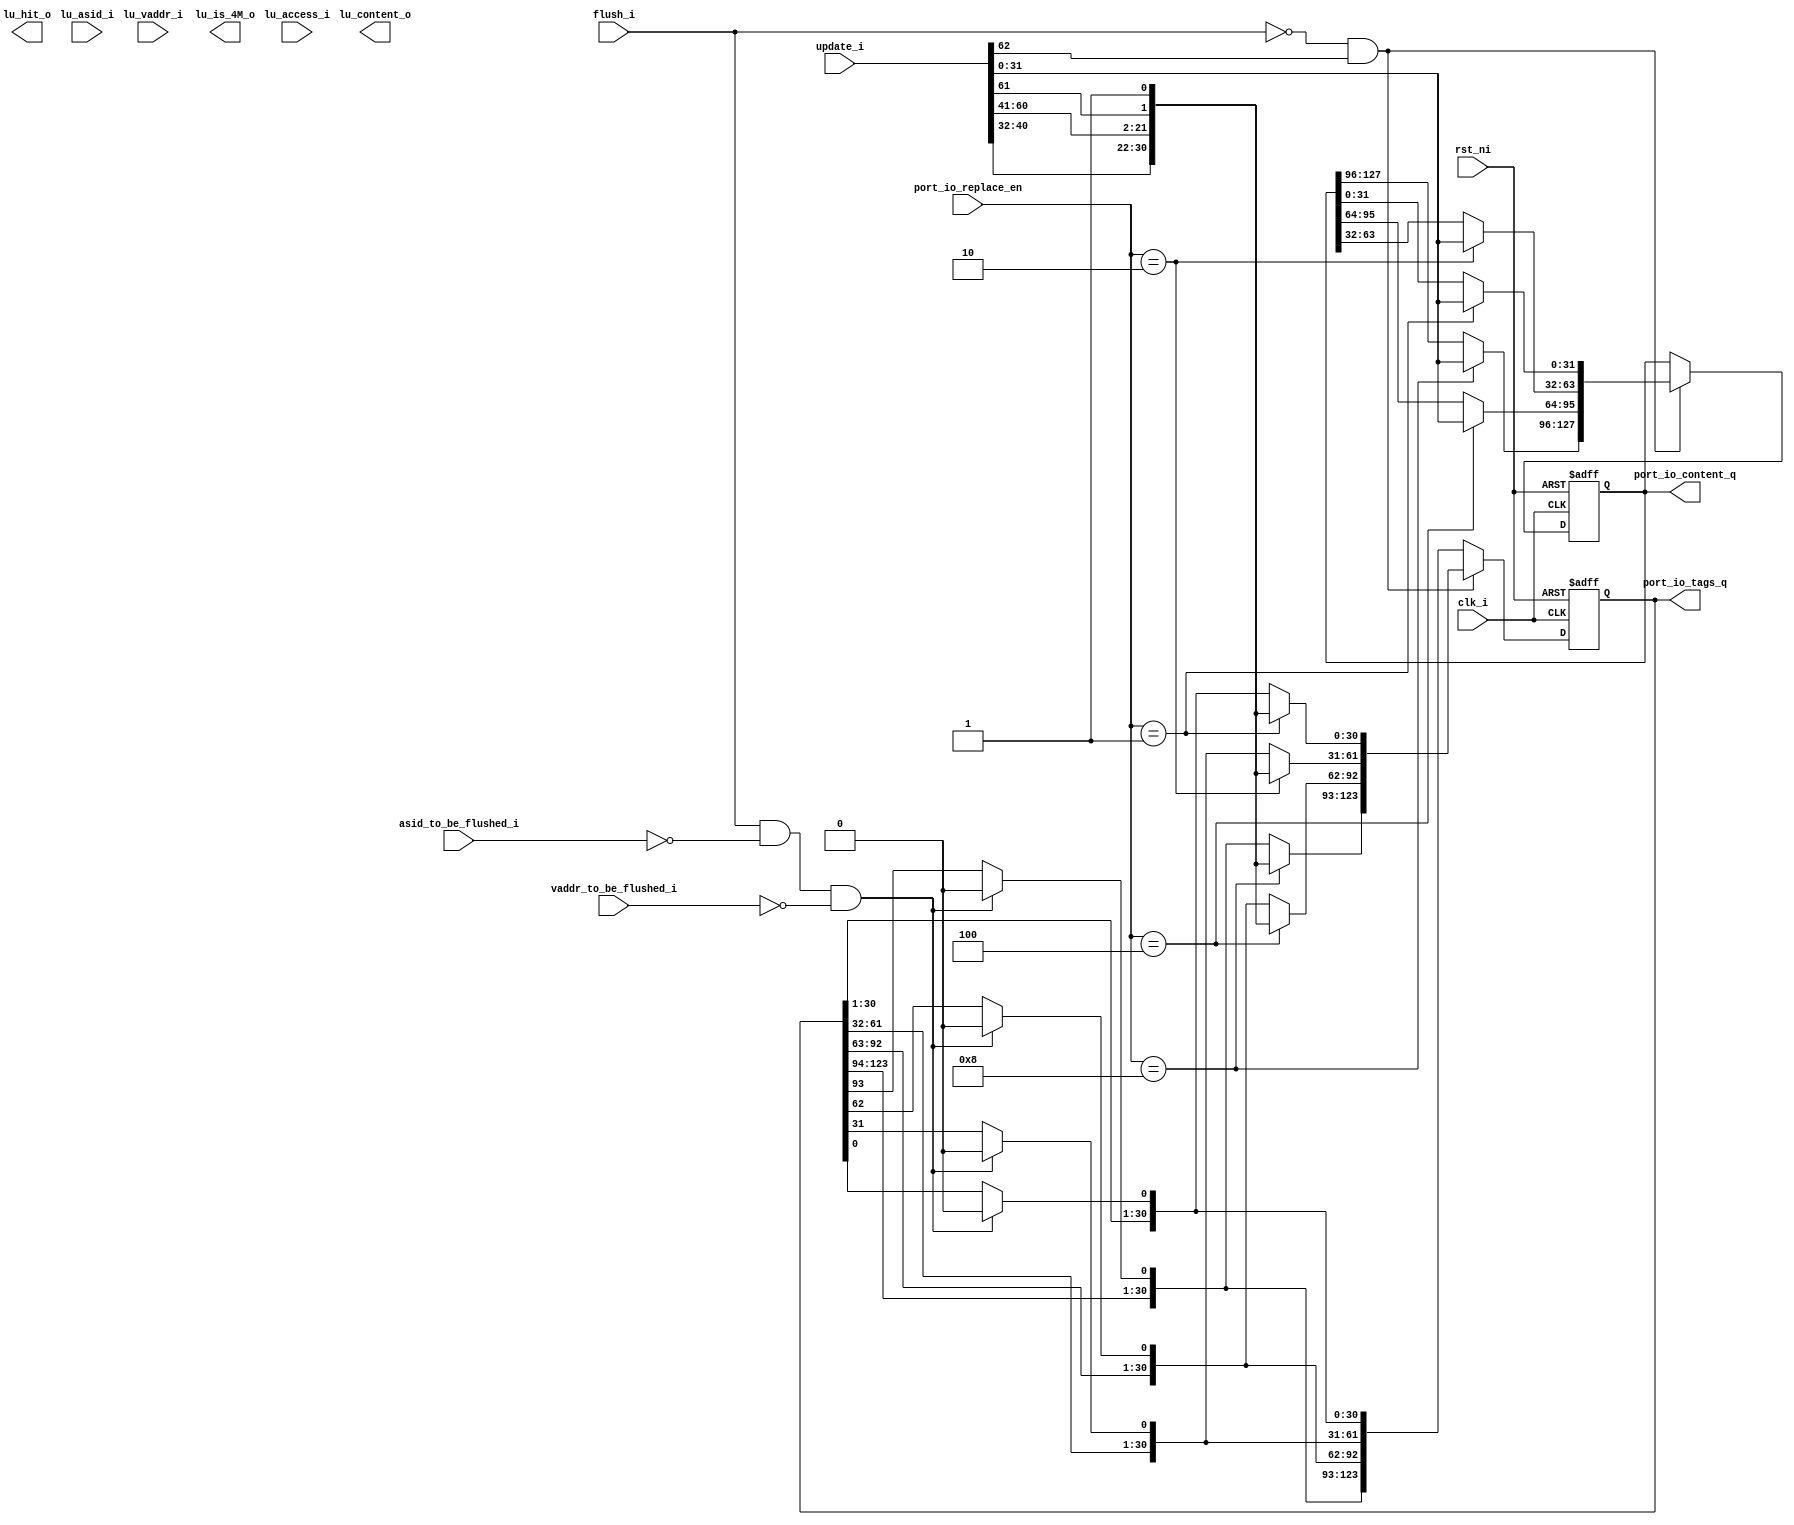
module cva6_tlb_model (
    input clk_i,
	input rst_ni,
	input flush_i, 
	input wire [62:0] update_i, 
	input wire lu_access_i,
	input wire [ASID_WIDTH - 1:0] lu_asid_i,
	input wire [31:0] lu_vaddr_i,
	output reg [31:0] lu_content_o,
	input wire [ASID_WIDTH - 1:0] asid_to_be_flushed_i,
	input wire [31:0] vaddr_to_be_flushed_i,
	output reg lu_is_4M_o,
	output reg lu_hit_o,

	output [(TLB_ENTRIES * 31) - 1:0] port_io_tags_q,
	output [(TLB_ENTRIES * 32) - 1:0] port_io_content_q,
	input [TLB_ENTRIES-1:0] port_io_replace_en
);

	localparam [31:0] TLB_ENTRIES = 4;
	localparam [31:0] TLB_ENTRIES_WIDTH = 2;
	localparam [31:0] ASID_WIDTH = 1;
	
	// We only care about the tags and the content (and only atomically changed stuff)
	reg [(TLB_ENTRIES * 31) - 1:0] tags_q;
	wire [(TLB_ENTRIES * 31) - 1:0] port_io_tags_q;
	assign port_io_tags_q = tags_q;
	// reg [(TLB_ENTRIES * 31) - 1:0] tags_n;
	reg [(TLB_ENTRIES * 32) - 1:0] content_q;
	wire [(TLB_ENTRIES * 32) - 1:0] port_io_content_q;
	assign port_io_content_q = content_q;
	
	// Flushes
	reg flush_i_queue;
	reg [ASID_WIDTH-1:0] asid_to_be_flushed_i_queue;
	reg [31:0] vaddr_to_be_flushed_i_queue;
	// Updates
	reg [62:0] update_i_queue;

	// Don't want to model this precisely
	wire [TLB_ENTRIES-1:0] replace_en;
	// reg [TLB_ENTRIES_WIDTH-1:0] nxt_replace_en;
	assign replace_en = port_io_replace_en; // nxt_replace_en;

		reg synth__txn_flush_all;
		reg synth__txn_update;
		reg synth__txn_none;
		reg synth__txn_flush_one;

wire [32:0] content_q_0;
wire [31:0] tags_q_0;
assign content_q_0 = content_q[0*32+31:0*32];
assign tags_q_0 = tags_q[0*31+30:0*31];
wire [32:0] content_q_1;
wire [31:0] tags_q_1;
assign content_q_1 = content_q[1*32+31:1*32];
assign tags_q_1 = tags_q[1*31+30:1*31];
wire [32:0] content_q_2;
wire [31:0] tags_q_2;
assign content_q_2 = content_q[2*32+31:2*32];
assign tags_q_2 = tags_q[2*31+30:2*31];
wire [32:0] content_q_3;
wire [31:0] tags_q_3;
assign content_q_3 = content_q[3*32+31:3*32];
assign tags_q_3 = tags_q[3*31+30:3*31];


	always @(posedge clk_i or negedge rst_ni) begin
		// nxt_replace_en = $random;
		if (~rst_ni) begin
			tags_q      <= 0;
			content_q   <= 0;

flush_i_queue <= 0;
asid_to_be_flushed_i_queue <= 0;
vaddr_to_be_flushed_i_queue <= 0;
update_i_queue <= 0;

		end else begin

flush_i_queue = flush_i;
asid_to_be_flushed_i_queue = asid_to_be_flushed_i;
vaddr_to_be_flushed_i_queue = vaddr_to_be_flushed_i;
update_i_queue = update_i;


			synth__txn_flush_all = flush_i_queue && (asid_to_be_flushed_i_queue == 0) && (vaddr_to_be_flushed_i_queue == 0);
			synth__txn_update = !(flush_i_queue) && update_i_queue[62];
			synth__txn_none = !(synth__txn_flush_all || synth__txn_update);
			synth__txn_flush_one = 0;


			if (synth__txn_flush_all) begin	
				tags_q[0 * 31] = 1'b0;
				tags_q[1 * 31] = 1'b0;
				tags_q[2 * 31] = 1'b0;
				tags_q[3 * 31] = 1'b0;
			end
			
			if (synth__txn_update) begin
				case (replace_en)
		4'b0001: begin
			tags_q[0*31+:31] = {update_i[40-:9], update_i[60:51], update_i[50:41], update_i[61], 1'b1};
			content_q[0*32+:32] = update_i[31-:32];
		end
		4'b0010: begin
			tags_q[1*31+:31] = {update_i[40-:9], update_i[60:51], update_i[50:41], update_i[61], 1'b1};
			content_q[1*32+:32] = update_i[31-:32];
		end
		4'b0100: begin
			tags_q[2*31+:31] = {update_i[40-:9], update_i[60:51], update_i[50:41], update_i[61], 1'b1};
			content_q[2*32+:32] = update_i[31-:32];
		end
		4'b1000: begin
			tags_q[3*31+:31] = {update_i[40-:9], update_i[60:51], update_i[50:41], update_i[61], 1'b1};
			content_q[3*32+:32] = update_i[31-:32];
		end
					// default: 
				endcase
			end

			if (synth__txn_flush_one) begin
				case (replace_en)
		4'b0001: begin
			tags_q[0*31] = 1'b0;
		end
		4'b0010: begin
			tags_q[1*31] = 1'b0;
		end
		4'b0100: begin
			tags_q[2*31] = 1'b0;
		end
		4'b1000: begin
			tags_q[3*31] = 1'b0;
		end
					// default: 
				endcase
				
			end

			if (synth__txn_none) begin
				tags_q = tags_q;
				content_q = content_q;
			end
		end
		
	end
    
endmodule